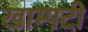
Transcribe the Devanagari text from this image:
खाम्पटी